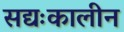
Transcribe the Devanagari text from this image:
सद्यःकालीन